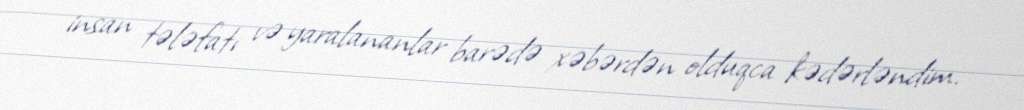
insan tələfatı və yaralananlar barədə xəbərdən olduqca kədərləndim.